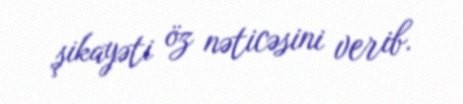
şikayəti öz nəticəsini verib.